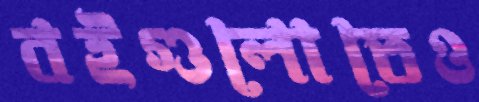
বইগুলোতেও